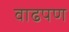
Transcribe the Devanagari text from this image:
वाढपण